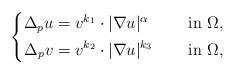
LaTeX: \begin{align*} \left\{ \begin{aligned}\Delta_{p} u &= v^{k_1} \cdot |\nabla u|^{\alpha} &\quad\mbox{ in } \Omega, \\\Delta_{p} v &= v^{k_2} \cdot |\nabla u|^{k_3} &\quad\mbox{ in } \Omega,\end{aligned} \right.\end{align*}